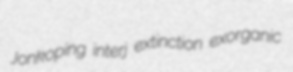
Jonkoping interj extinction exorganic